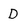
Character: D